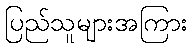
ပြည်သူများအကြား